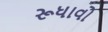
રૂધાવો